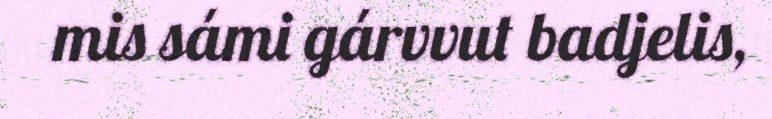
mis sámi gárvvut badjelis,